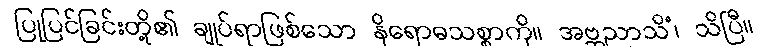
ပြုပြင်ခြင်းတို့၏ ချုပ်ရာဖြစ်သော နိရောဓသစ္စာကို။ အဗ္ဘညာသိံ၊ သိပြီ။